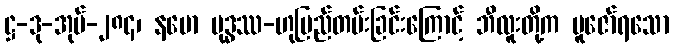
ဋ္ဌ-ဒု-အုပ်-၂၈၄၊ နမော ဗုဒ္ဓဿ-ဟုမြည်တမ်းခြင်းကြောင့် ဘီလူးတို့က ပူဇော်ရသော